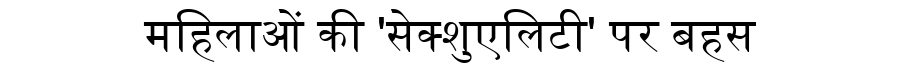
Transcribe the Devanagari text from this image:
महिलाओं की 'सेक्शुएलिटी' पर बहस